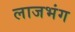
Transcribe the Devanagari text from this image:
लाजभंग